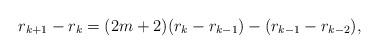
LaTeX: \begin{align*} r_{k+1}-r_{k} = (2m+2)(r_{k}-r_{k-1}) - (r_{k-1}-r_{k-2}),\end{align*}